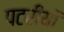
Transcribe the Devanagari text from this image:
पटरीयों